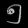
Digit: ၅